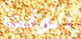
الوقت